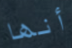
أنها